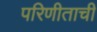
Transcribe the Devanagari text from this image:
परिणीताची